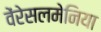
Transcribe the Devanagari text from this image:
वेंरेसलमेनिया